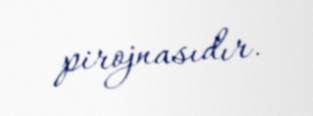
pirojnasıdır.